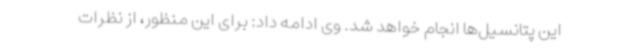
این پتانسیل‌ها انجام خواهد شد. وی ادامه داد: برای این منظور، از نظرات